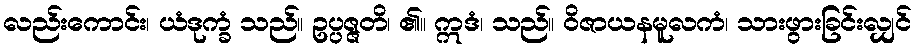
လည်းကောင်း၊ ယံဒုက္ခံ သည်။ ဥပ္ပဇ္ဇတိ၊ ၏။ ဣဒံ၊ သည်။ ဝိဇာယနမူလကံ၊ သားဖွားခြင်းလျှင်